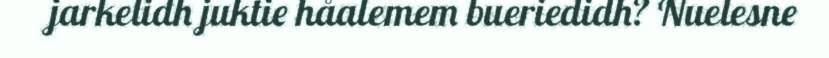
jarkelidh juktie håalemem bueriedidh? Nuelesne